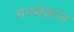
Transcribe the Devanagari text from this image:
धनसंक्रांत